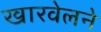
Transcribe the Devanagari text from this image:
खारवेलने